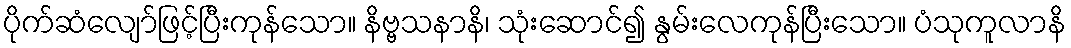
ပိုက်ဆံလျော်ဖြင့်ပြီးကုန်သော။ နိဗ္ဗသနာနိ၊ သုံးဆောင်၍ နွမ်းလေကုန်ပြီးသော။ ပံသုကူလာနိ